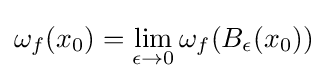
\omega _{f}(x_{0})=\lim _{\epsilon \to 0}\omega _{f}(B_{\epsilon }(x_{0}))